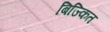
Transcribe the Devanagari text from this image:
बिज्कित